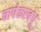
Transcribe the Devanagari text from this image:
चापेकरबंधू